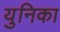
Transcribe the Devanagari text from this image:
युनिका